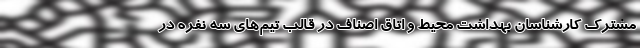
مشترک کارشناسان بهداشت محیط و اتاق اصناف در قالب تیم‌های سه نفره در